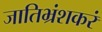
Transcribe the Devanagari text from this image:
जातिभ्रंशकरं